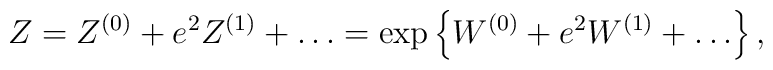
Z=Z^{(0)}+ e^2 Z^{(1)}+\ldots=\exp\left\{W^{(0)}+ e^2 W^{(1)}+\ldots \right\},